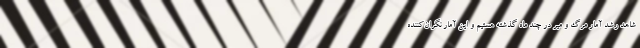
شاهد رشد آمار مرگ و میر در چند ماه گذشته هستیم و این آمار نگران‌کننده